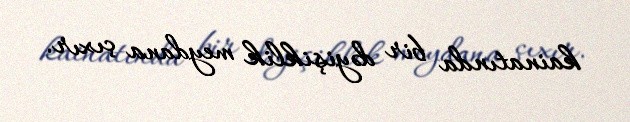
kainatında bir dəyişiklik meydana çıxır.